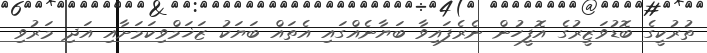
ތުރުކީގެ ބޮޑުވަޒީރުގެ އޮފީހުން ނެރެފައިވާ ބަޔާނެއްގައި އެތައް ބަޔަކު ޒަޚަމްވިކަމަށާއި އަދި މަރުވި